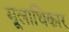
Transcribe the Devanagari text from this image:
मूलाधिकार